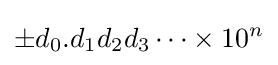
\pm d_{0}.d_{1}d_{2}d_{3}\dots \times 10^{n}